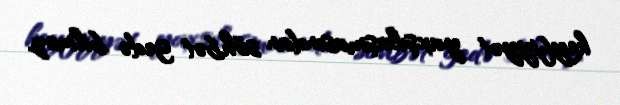
keyfiyyət yaxşılaşmasından söhbət gedə bilməz.